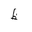
Letter: _za